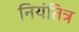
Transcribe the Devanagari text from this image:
नियंतित्र